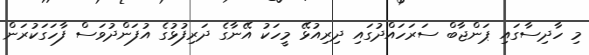
މި ހާދިސާގައި ޕަންޖާބް ސަރަހައްދުގައި ދިރިއުޅޭ މީހަކު އޭނާގެ ދަރިފުޅުގެ އުފަންދުވަސް ފާހަގަކުރަން